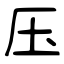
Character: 压